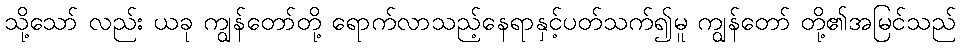
သို့သော် လည်း ယခု ကျွန်တော်တို့ ရောက်လာသည့်နေရာနှင့်ပတ်သက်၍မူ ကျွန်တော် တို့၏အမြင်သည်